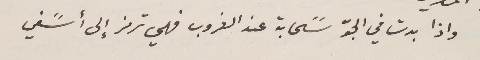
واذا بدت في الجوّ سًحابة عند الغروب فهي ترمز إلى أسًفي